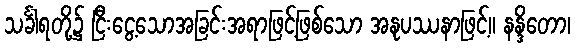
သင်္ခါရတို့၌ ငြီးငွေ့သောအခြင်းအရာဖြင့်ဖြစ်သော အနုပဿနာဖြင့်။ နန္ဒိတော၊